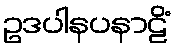
ဥဒပါနပနာဠိံ